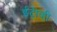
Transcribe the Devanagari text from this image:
ईटीव्ही